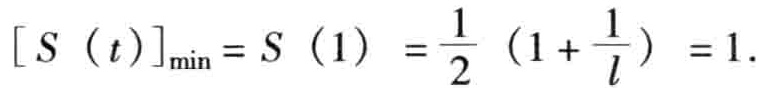
\[ [S(t)]_{\min}=S(1)=\frac{1}{2}\left(1 + \frac{1}{l}\right)=1. \]